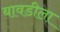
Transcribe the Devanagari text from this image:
बावडीला